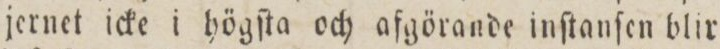
jernet icke i högſta och afgörande inſtanſen blir